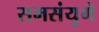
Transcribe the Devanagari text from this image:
समसंयुगे